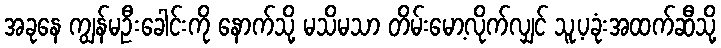
အခုနေ ကျွန်မဦးခေါင်းကို နောက်သို့ မသိမသာ တိမ်းမော့လိုက်လျှင် သူ့ပခုံးအထက်ဆီသို့